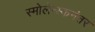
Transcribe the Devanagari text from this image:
स्मोलेन्स्कनंतर